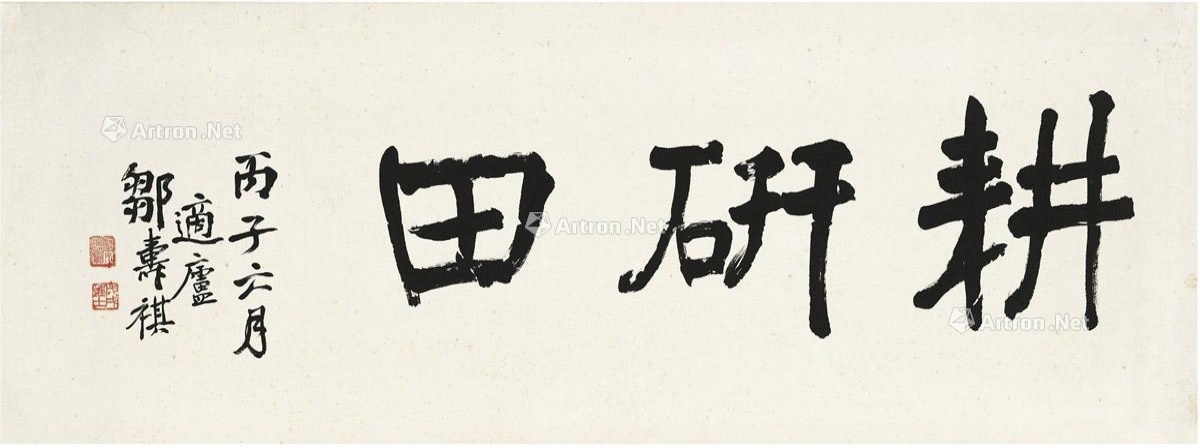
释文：耕研田。丙子六月，适庐邹寿祺。